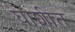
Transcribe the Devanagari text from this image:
घाशीत